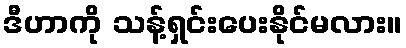
ဒီဟာကို သန့်ရှင်းပေးနိုင်မလား။